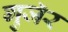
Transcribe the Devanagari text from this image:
गुजॅर